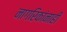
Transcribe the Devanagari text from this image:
नागरिकांनाही